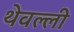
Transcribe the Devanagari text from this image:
थेवल्ली